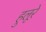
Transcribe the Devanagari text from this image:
हुलूरे